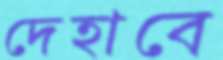
দেহাবে